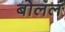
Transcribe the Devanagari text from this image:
बोललं